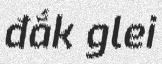
đắk glei